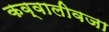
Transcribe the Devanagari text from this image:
कव्वालीवजा